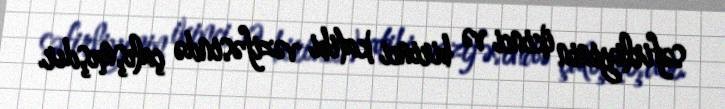
səfirliyinin ikinci və birinci katibi vəzifəsində çalışmışdır.